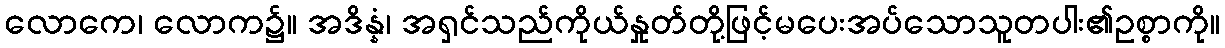
လောကေ၊ လောက၌။ အဒိန္နံ၊ အရှင်သည်ကိုယ်နှုတ်တို့ဖြင့်မပေးအပ်သောသူတပါး၏ဥစ္စာကို။